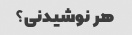
هر نوشیدنی؟